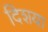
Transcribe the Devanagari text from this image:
दिशया